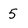
Character: 5